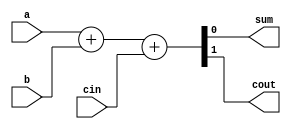
`timescale 1ns / 1ps
// Deepak Lal
// Full Adder 
//data flow modeling

module xyz(a, b, cin, sum, cout);
input a, b, cin;
output sum, cout;

assign {cout,sum} = a + b + cin;

endmodule